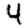
Digit: 4